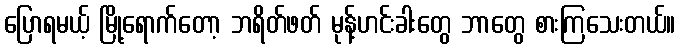
ပြောရမယ့် မြို့ရောက်တော့ ဘရိတ်ဖတ် မုန့်ဟင်းခါးတွေ ဘာတွေ စားကြသေးတယ်။